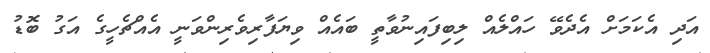
އަދި އެކަމަށް އެދެވޭ ހައްލެއް ލިބިފައިނުވާތީ ބައެއް ވިޔަފާރިވެރިންވަނީ އެއްޗެހީގެ އަގު ބޮޑު